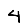
Digit: 4